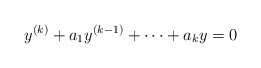
\begin{align*}y^{(k)}+a_1y^{(k-1)}+\dots + a_ky=0\end{align*}